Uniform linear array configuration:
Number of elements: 48
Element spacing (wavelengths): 0.25
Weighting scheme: uniform
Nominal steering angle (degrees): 45
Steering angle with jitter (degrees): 46.431
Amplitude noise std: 0.05
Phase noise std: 0.05

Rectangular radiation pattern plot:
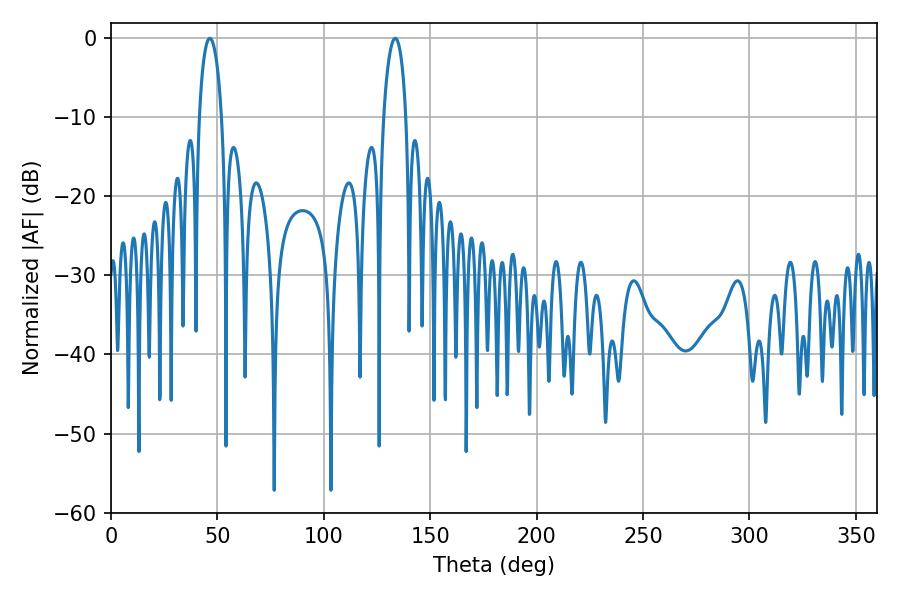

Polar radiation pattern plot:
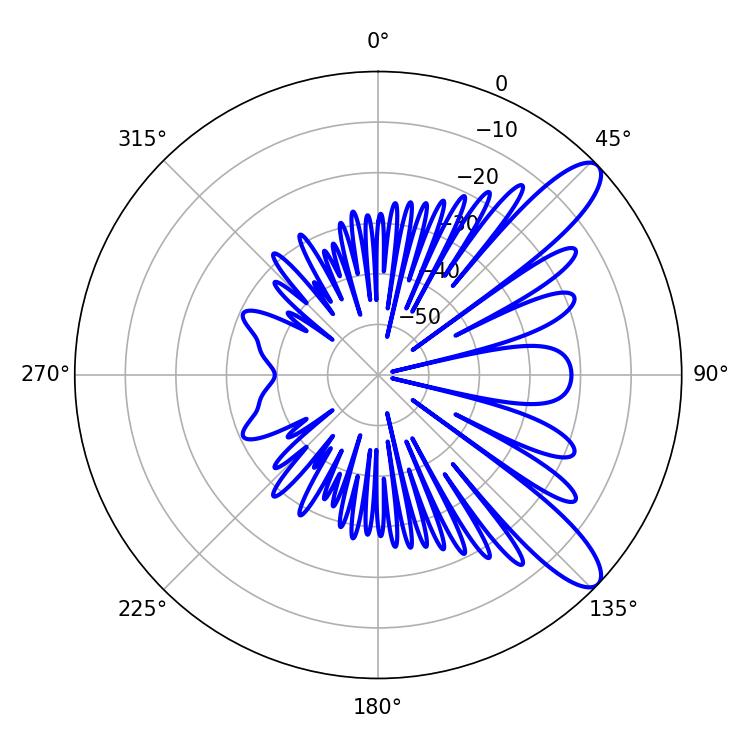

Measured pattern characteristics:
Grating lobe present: FALSE
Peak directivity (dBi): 10.602
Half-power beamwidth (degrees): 5.94
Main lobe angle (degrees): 46.44